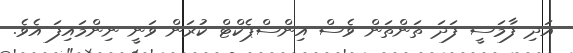
އަދި ފާމަސީ ފަދަ ތަންތަން ވެސް އިންސްޕެކްޓް ކުރަން ވަނީ ނިންމައިފަ އެވެ.